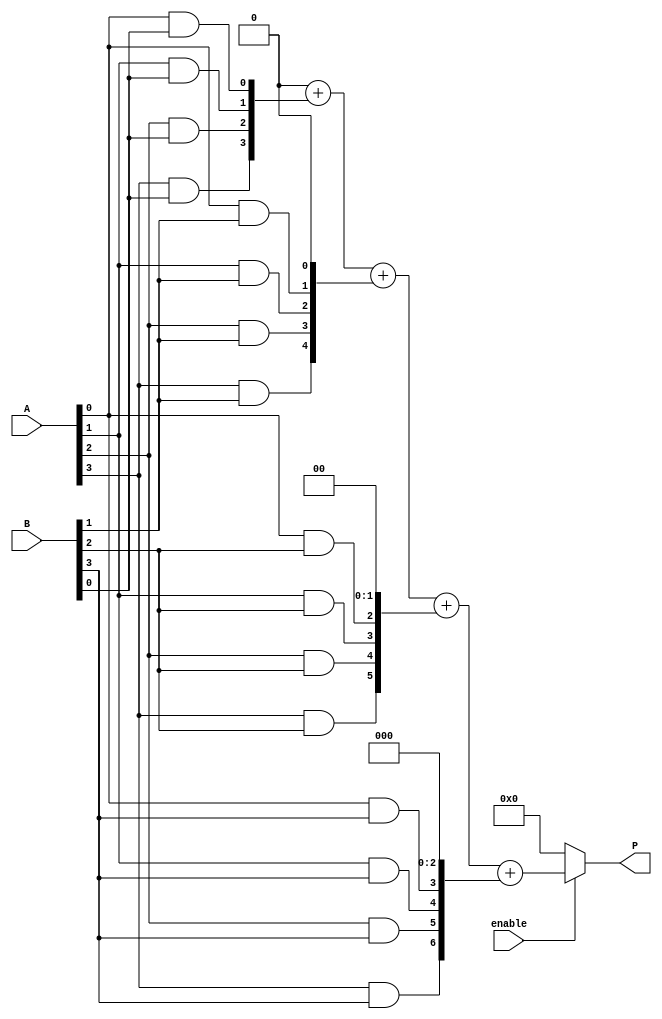
module vedic_multiplier #(parameter N = 4) (
    input [N-1:0] A,
    input [N-1:0] B,
    input enable,
    output reg [2*N-1:0] P
);
    reg [2*N-1:0] partial_products [0:N-1];
    integer i, j;

    always @(*) begin
        if (enable) begin
            // Initialize partial products to zero
            for (i = 0; i < N; i = i + 1) begin
                partial_products[i] = 0;
            end

            // Generate partial products
            for (i = 0; i < N; i = i + 1) begin
                for (j = 0; j < N; j = j + 1) begin
                    partial_products[i][i+j] = A[j] & B[i];
                end
            end

            // Crosswise addition using a simple adder tree
            P = 0;
            for (i = 0; i < N; i = i + 1) begin
                P = P + partial_products[i];
            end
        end else begin
            P = 0; // Output zero if not enabled
        end
    end
endmodule